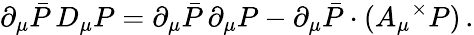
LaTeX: \partial_{\mu}\bar{P}\, D_{\mu}P=\partial_{\mu}\bar{P}\, \partial_{\mu}P-\partial_{\mu}\bar{P}\cdot(A_{\mu}\, ^{\! \times}P)\, .